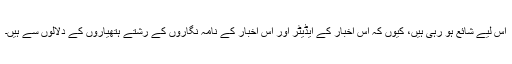
اس لیے شائع ہو رہی ہیں، کیوں کہ اس اخبار کے ایڈیٹر اور اس اخبار کے نامہ نگاروں کے رشتے ہتھیاروں کے دلالوں سے ہیں۔